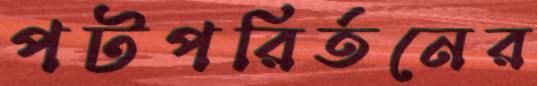
পটপরির্তনের